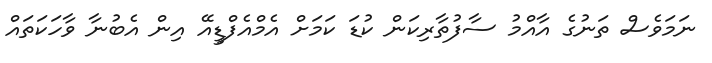
ނަމަވެސް ތަނުގެ އާއްމު ސާފުތާރިކަން ކުޑަ ކަމަށް އެމްއެފްޑީއޭ އިން އެބުނާ ވާހަކަތައް